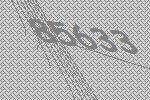
85633